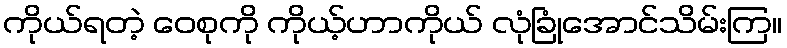
ကိုယ်ရတဲ့ ဝေစုကို ကိုယ့်ဟာကိုယ် လုံခြုံအောင်သိမ်းကြ။